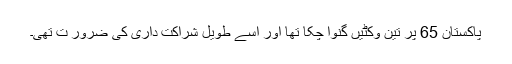
پاکستان 65 پر تین وکٹیں گنوا چکا تھا اور اسے طویل شراکت داری کی ضرور ت تھی۔